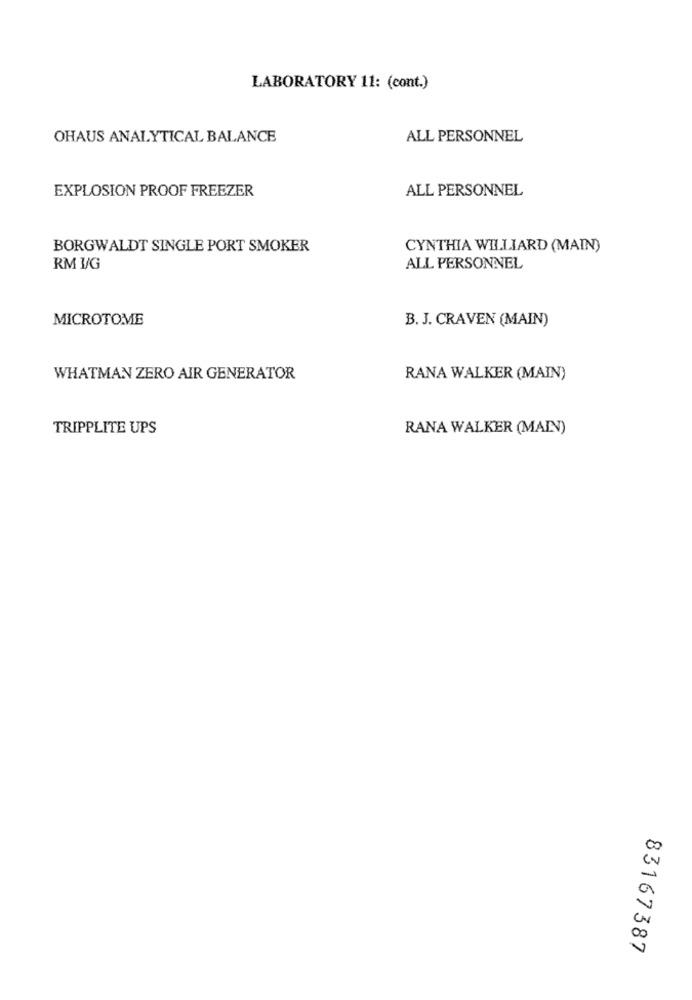
LABORATORY 11: (cont.)
OHAUS ANALYTICAL BALANCE
ALL PERSONNEL
EXPLOSION PROOF FREEZER
ALL PERSONNEL
BORGWALDT SINGLE PORT SMOKER
CYNTHIA WILLIARD (MAIN)
RM I/G
ALL PERSONNEL
MICROTOME
B. J. CRAVEN (MAIN)
WHATMAN ZERO AIR GENERATOR
RANA WALKER (MAIN)
TRIPPLITE UPS
RANA WALKER (MAIV)
83167387